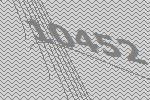
10452